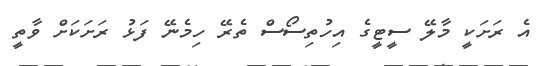
އެ ރަށަކީ މާލޭ ސީޓީގެ އިހުތިސޯސް ތެރޭ ހިމެނޭ ފަޅު ރަށަކަށް ވާތީ